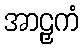
အာဠှကံ